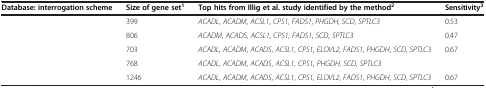
<table><thead><tr><td><b>Database: interrogation scheme</b></td><td><b>Size of gene set<sup>1</sup></b></td><td><b>Top hits from Illig et al. study identified by the method<sup>2</sup></b></td><td><b>Sensitivity<sup>3</sup></b></td></tr></thead><tbody><tr><td>[EMPTY_CELL]</td><td>399</td><td><i>ACADL</i>, <i>ACADM</i>, <i>ACSL1</i>, <i>CPS1</i>, <i>FADS1</i>, <i>PHGDH</i>, <i>SCD</i>, <i>SPTLC3</i></td><td>0.53</td></tr><tr><td>[EMPTY_CELL]</td><td>806</td><td><i>ACADM</i>, <i>ACADS</i>, <i>ACSL1</i>, <i>CPS1</i>, <i>FADS1</i>, <i>SCD</i>, <i>SPTLC3</i></td><td>0.47</td></tr><tr><td>[EMPTY_CELL]</td><td>703</td><td><i>ACADL</i>, <i>ACADM</i>, <i>ACADS</i>, <i>ACSL1</i>, <i>CPS1</i>, <i>ELOVL2</i>, <i>FADS1</i>, <i>PHGDH</i>, <i>SCD</i>, <i>SPTLC3</i></td><td>0.67</td></tr><tr><td>[EMPTY_CELL]</td><td>768</td><td><i>ACADL</i>, <i>ACADM</i>, <i>ACADS</i>, <i>ACSL1</i>, <i>CPS1</i>, <i>PHGDH</i>, <i>SCD</i>, <i>SPTLC3</i></td><td>[EMPTY_CELL]</td></tr><tr><td>[EMPTY_CELL]</td><td>1246</td><td><i>ACADL</i>, <i>ACADM</i>, <i>ACADS</i>, <i>ACSL1</i>, <i>CPS1</i>, <i>ELOVL2</i>, <i>FADS1</i>, <i>PHGDH</i>, <i>SCD</i>, <i>SPTLC3</i></td><td>0.67</td></tr></tbody></table>